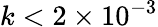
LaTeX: k<2\times 10^{-3}